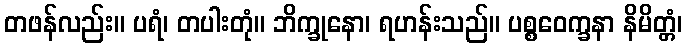
တဖန်လည်း။ ပရံ၊ တပါးတုံ။ ဘိက္ခုနော၊ ရဟန်းသည်။ ပစ္စဝေက္ခနာ နိမိတ္တံ၊